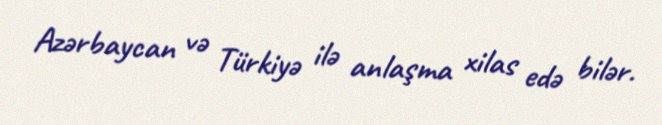
Azərbaycan və Türkiyə ilə anlaşma xilas edə bilər.